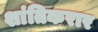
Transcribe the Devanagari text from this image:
शांतिकरार